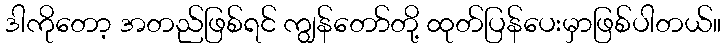
ဒါကိုတော့ အတည်ဖြစ်ရင် ကျွန်တော်တို့ ထုတ်ပြန်ပေးမှာဖြစ်ပါတယ်။